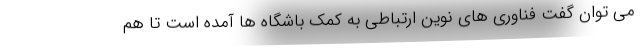
می توان گفت فناوری های نوین ارتباطی به کمک باشگاه ها آمده است تا هم